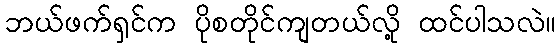
ဘယ်ဖက်ရှင်က ပိုစတိုင်ကျတယ်လို့ ထင်ပါသလဲ။